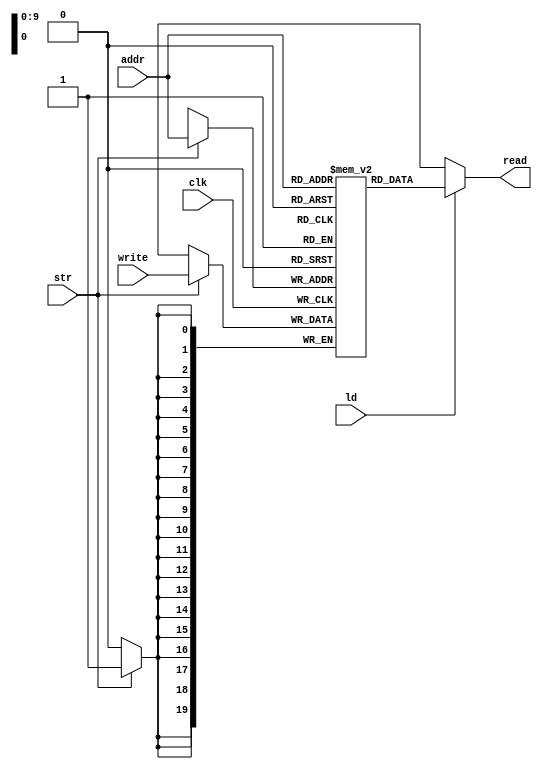
module ram#(
    parameter [0:20479] INIT = {1024{20'd0}}
)(
    input [9:0] addr,
    input [19:0] write,
    input clk, str, ld,
    output reg [19:0] read);

    reg [19:0] mem [0:1023];

    integer i;
    initial begin
        for(i = 0; i < 1024; i = i + 1) begin
            mem[i] = INIT[(20 * i) +: 20];
        end
    end

    always @(*) begin
        read = ld ? mem[addr] : 20'dx;
    end

    always @(posedge clk) begin
        if(str) begin
            mem[addr] <= write;
        end
    end
endmodule